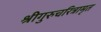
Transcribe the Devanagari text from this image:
श्रीगुरुचरित्रामृत